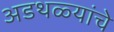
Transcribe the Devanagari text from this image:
अडथळ्यांचे